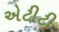
એટીટી